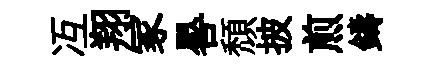
冱翔冢晷頹披煎鑄